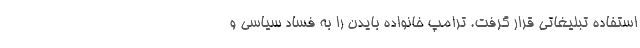
استفاده تبلیغاتی قرار گرفت. ترامپ خانواده بایدن را به فساد سیاسی و